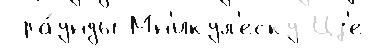
 ра́унды Мн'икул'еску Цз'е